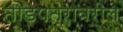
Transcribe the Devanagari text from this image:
ताडपत्रावरील